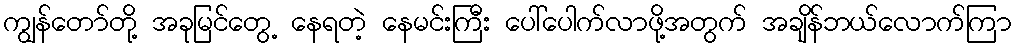
ကျွန်တော်တို့ အခုမြင်တွေ့ နေရတဲ့ နေမင်းကြီး ပေါ်ပေါက်လာဖို့အတွက် အချိန်ဘယ်လောက်ကြာ